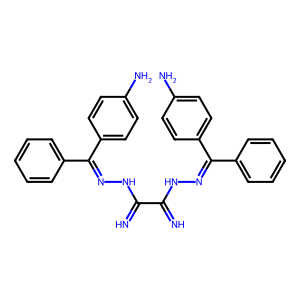
SMILES: N=C(NN=C(c1ccccc1)c1ccc(N)cc1)C(=N)NN=C(c1ccccc1)c1ccc(N)cc1
Inhibits HIV replication: No